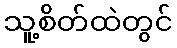
သူ့စိတ်ထဲတွင်